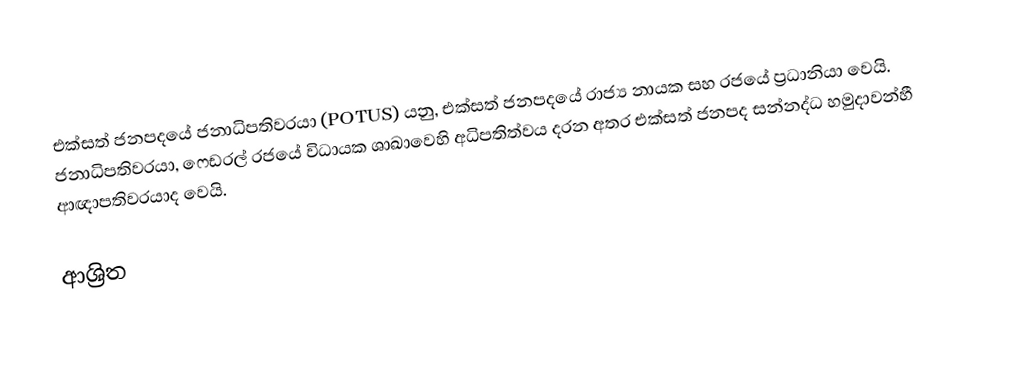
එක්සත් ජනපදයේ ජනාධිපතිවරයා (POTUS) යනු, එක්සත් ජනපදයේ රාජ්‍ය නායක සහ රජයේ ප්‍රධානියා වෙයි. ජනාධිපතිවරයා, ෆෙඩරල් රජයේ විධායක ශාඛාවෙහි අධිපතිත්වය දරන අතර  එක්සත් ජනපද සන්නද්ධ හමුදාවන්හී ආඥාපතිවරයාද වෙයි.

ආශ්‍රිත